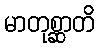
မာတုစ္ဆာတိ